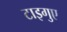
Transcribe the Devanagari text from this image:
टाइगुए